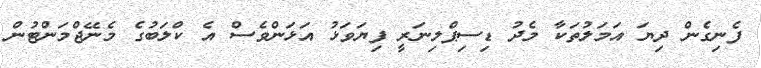
ފެނިގެން ދިޔަ އަމަލުތަކާ މެދު ޑިސިޕްލިނަރީ ފިޔަވަޅު އަޅަންވެސް އެ ކްލަބުގެ މެނޭޖްމަންޓުން